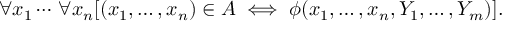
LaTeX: \forall x _ { 1 } \cdots \, \forall x _ { n } [ ( x _ { 1 } , \dots , x _ { n } ) \in A \iff \phi ( x _ { 1 } , \dots , x _ { n } , Y _ { 1 } , \dots , Y _ { m } ) ] .